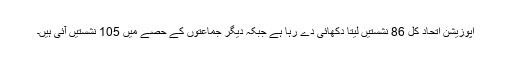
اپوزیشن اتحاد کل 86 نشستیں لیتا دکھائی دے رہا ہے جبکہ دیگر جماعتوں کے حصے میں 105 نشستیں آئی ہیں۔